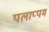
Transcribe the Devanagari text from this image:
पलाप्पम